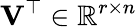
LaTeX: \mathbf{V}^{\top}\in\mathbb{R}^{r\times n}